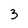
Character: 3